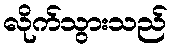
လိုက်သွားသည်